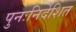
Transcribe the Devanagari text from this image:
पुनःनिर्देशित